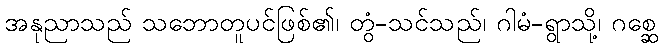
အနုညာသည် သဘောတူပင်ဖြစ်၏၊ တွံ-သင်သည်၊ ဂါမံ-ရွာသို့၊ ဂစ္ဆေ